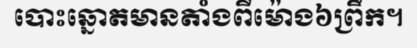
បោះឆ្នោតមានតាំងពីម៉ោង៦ព្រឹក។